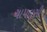
ચાપલૂસી